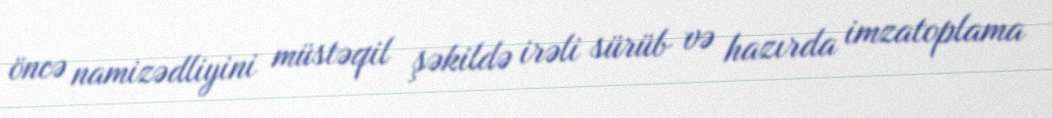
öncə namizədliyini müstəqil şəkildə irəli sürüb və hazırda imzatoplama